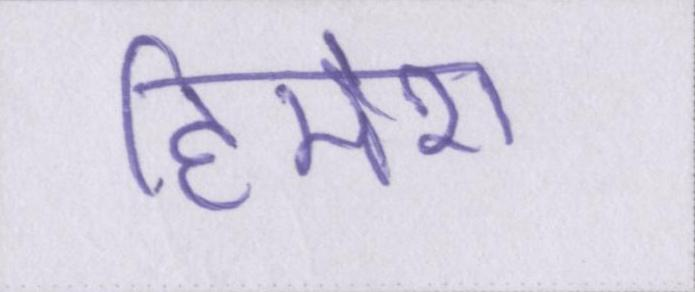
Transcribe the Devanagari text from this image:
हिमेश